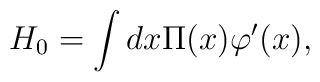
H_{0} = \int dx \Pi(x) \varphi^{\prime}(x),